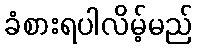
ခံစားရပါလိမ့်မည်